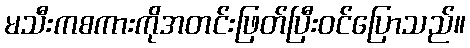
မသီးကစကားကိုအတင်းဖြတ်ပြီးဝင်ပြောသည်။